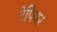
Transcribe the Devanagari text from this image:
टेपियर